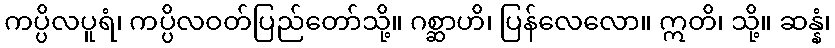
ကပ္ပိလပူရံ၊ ကပ္ပိလဝတ်ပြည်တော်သို့။ ဂစ္ဆာဟိ၊ ပြန်လေလော။ ဣတိ၊ သို့။ ဆန္နံ၊